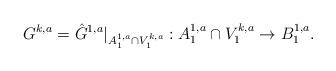
LaTeX: \begin{align*}G^{k,a} = \hat{G}^{1,a}|_{A_{1}^{1,a} \cap V_{1}^{k,a}}: A_{1}^{1,a} \cap V_{1}^{k,a} \rightarrow B_{1}^{1,a}.\end{align*}